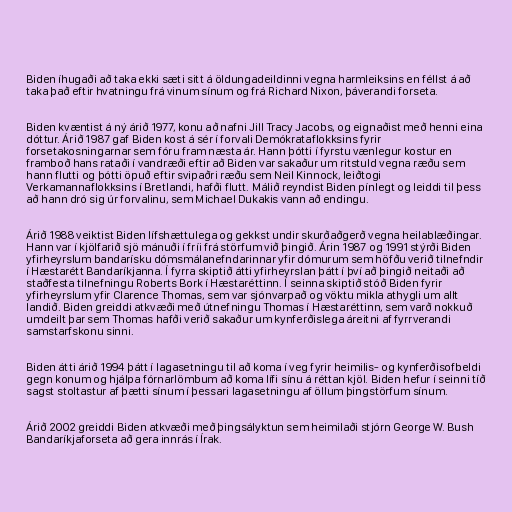
Biden íhugaði að taka ekki sæti sitt á öldungadeildinni vegna harmleiksins en féllst á að
taka það eftir hvatningu frá vinum sínum og frá Richard Nixon, þáverandi forseta.

Biden kvæntist á ný árið 1977, konu að nafni Jill Tracy Jacobs, og eignaðist með henni eina
dóttur. Árið 1987 gaf Biden kost á sér í forvali Demókrataflokksins fyrir
forsetakosningarnar sem fóru fram næsta ár. Hann þótti í fyrstu vænlegur kostur en
framboð hans rataði í vandræði eftir að Biden var sakaður um ritstuld vegna ræðu sem
hann flutti og þótti öpuð eftir svipaðri ræðu sem Neil Kinnock, leiðtogi
Verkamannaflokksins í Bretlandi, hafði flutt. Málið reyndist Biden pínlegt og leiddi til þess
að hann dró sig úr forvalinu, sem Michael Dukakis vann að endingu.

Árið 1988 veiktist Biden lífshættulega og gekkst undir skurðaðgerð vegna heilablæðingar.
Hann var í kjölfarið sjö mánuði í fríi frá störfum við þingið. Árin 1987 og 1991 stýrði Biden
yfirheyrslum bandarísku dómsmálanefndarinnar yfir dómurum sem höfðu verið tilnefndir
í Hæstarétt Bandaríkjanna. Í fyrra skiptið átti yfirheyrslan þátt í því að þingið neitaði að
staðfesta tilnefningu Roberts Bork í Hæstaréttinn. Í seinna skiptið stóð Biden fyrir
yfirheyrslum yfir Clarence Thomas, sem var sjónvarpað og vöktu mikla athygli um allt
landið. Biden greiddi atkvæði með útnefningu Thomas í Hæstaréttinn, sem varð nokkuð
umdeilt þar sem Thomas hafði verið sakaður um kynferðislega áreitni af fyrrverandi
samstarfskonu sinni.

Biden átti árið 1994 þátt í lagasetningu til að koma í veg fyrir heimilis- og kynferðisofbeldi
gegn konum og hjálpa fórnarlömbum að koma lífi sínu á réttan kjöl. Biden hefur í seinni tíð
sagst stoltastur af þætti sínum í þessari lagasetningu af öllum þingstörfum sínum.

Árið 2002 greiddi Biden atkvæði með þingsályktun sem heimilaði stjórn George W. Bush
Bandaríkjaforseta að gera innrás í Írak.